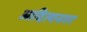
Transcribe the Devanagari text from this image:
आदित्यनगर